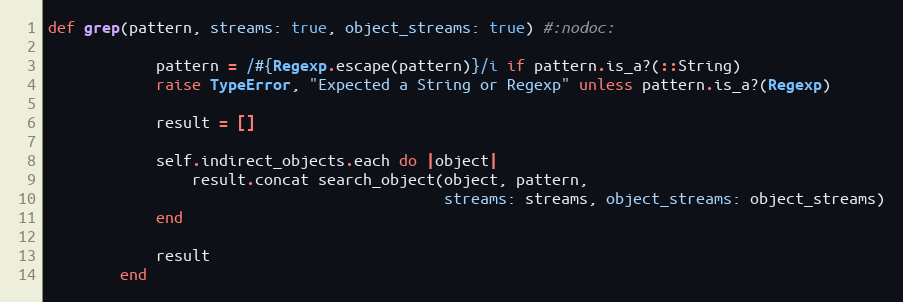
Language: Ruby
def grep(pattern, streams: true, object_streams: true) #:nodoc:

            pattern = /#{Regexp.escape(pattern)}/i if pattern.is_a?(::String)
            raise TypeError, "Expected a String or Regexp" unless pattern.is_a?(Regexp)

            result = []

            self.indirect_objects.each do |object|
                result.concat search_object(object, pattern,
                                            streams: streams, object_streams: object_streams)
            end

            result
        end